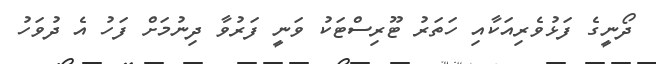
ދޯނީގެ ފަޅުވެރިއަކާއި ހަތަރު ޓޫރިސްޓަކު ވަނީ ފަރުވާ ދިނުމަށް ފަހު އެ ދުވަހު